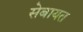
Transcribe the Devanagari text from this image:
सेबायत